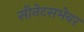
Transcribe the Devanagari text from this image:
सीनेटसभेवर